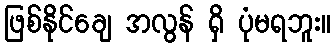
ဖြစ်နိုင်ချေ အလွန် ရှိ ပုံမရဘူး။